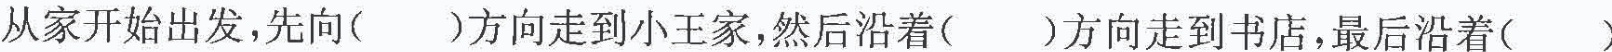
从家开始出发，先向()方向走到小王家，然后沿着()方向走到书店，最后沿着()